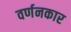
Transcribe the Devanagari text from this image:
वर्णनकार